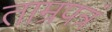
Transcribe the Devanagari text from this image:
ताम्रपत्रं